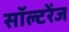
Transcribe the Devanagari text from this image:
सॉल्टरेंज